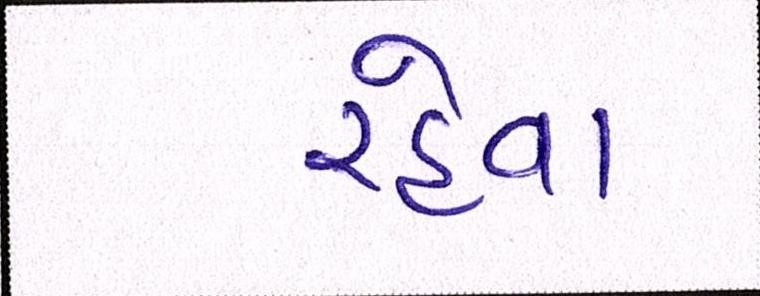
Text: રહેવા